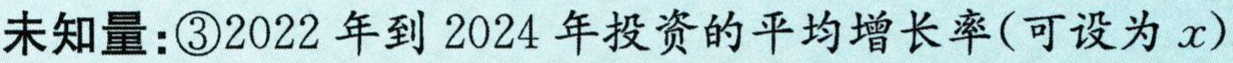
未知量：\textcircled{3}2022 年到 2024 年投资的平均增长率(可设为 \(x\))